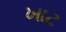
ખાટ